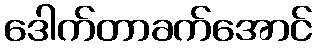
ဒေါက်တာခက်အောင်